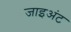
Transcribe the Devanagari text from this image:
जाइअंट